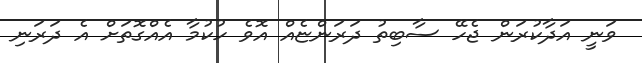
ވަނީ އަދާކުރަން ޖެހޭ ސާބިތު ދަރަންޏެއް އޮވެ ހުކުމާ އެއްގޮތަށް އެ ދަރަނި